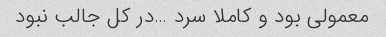
معمولی بود و کاملا سرد …در کل جالب نبود